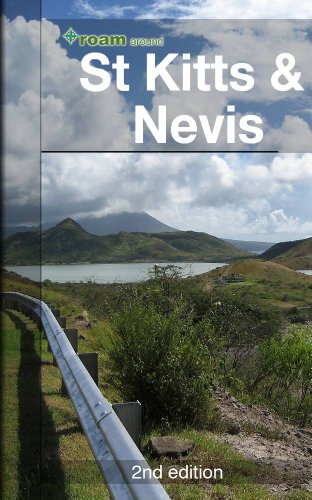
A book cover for roam around St Kitts & Nevis; AR Corbin; Travel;